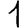
Digit: 1